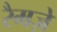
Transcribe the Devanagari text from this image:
रैमज़े